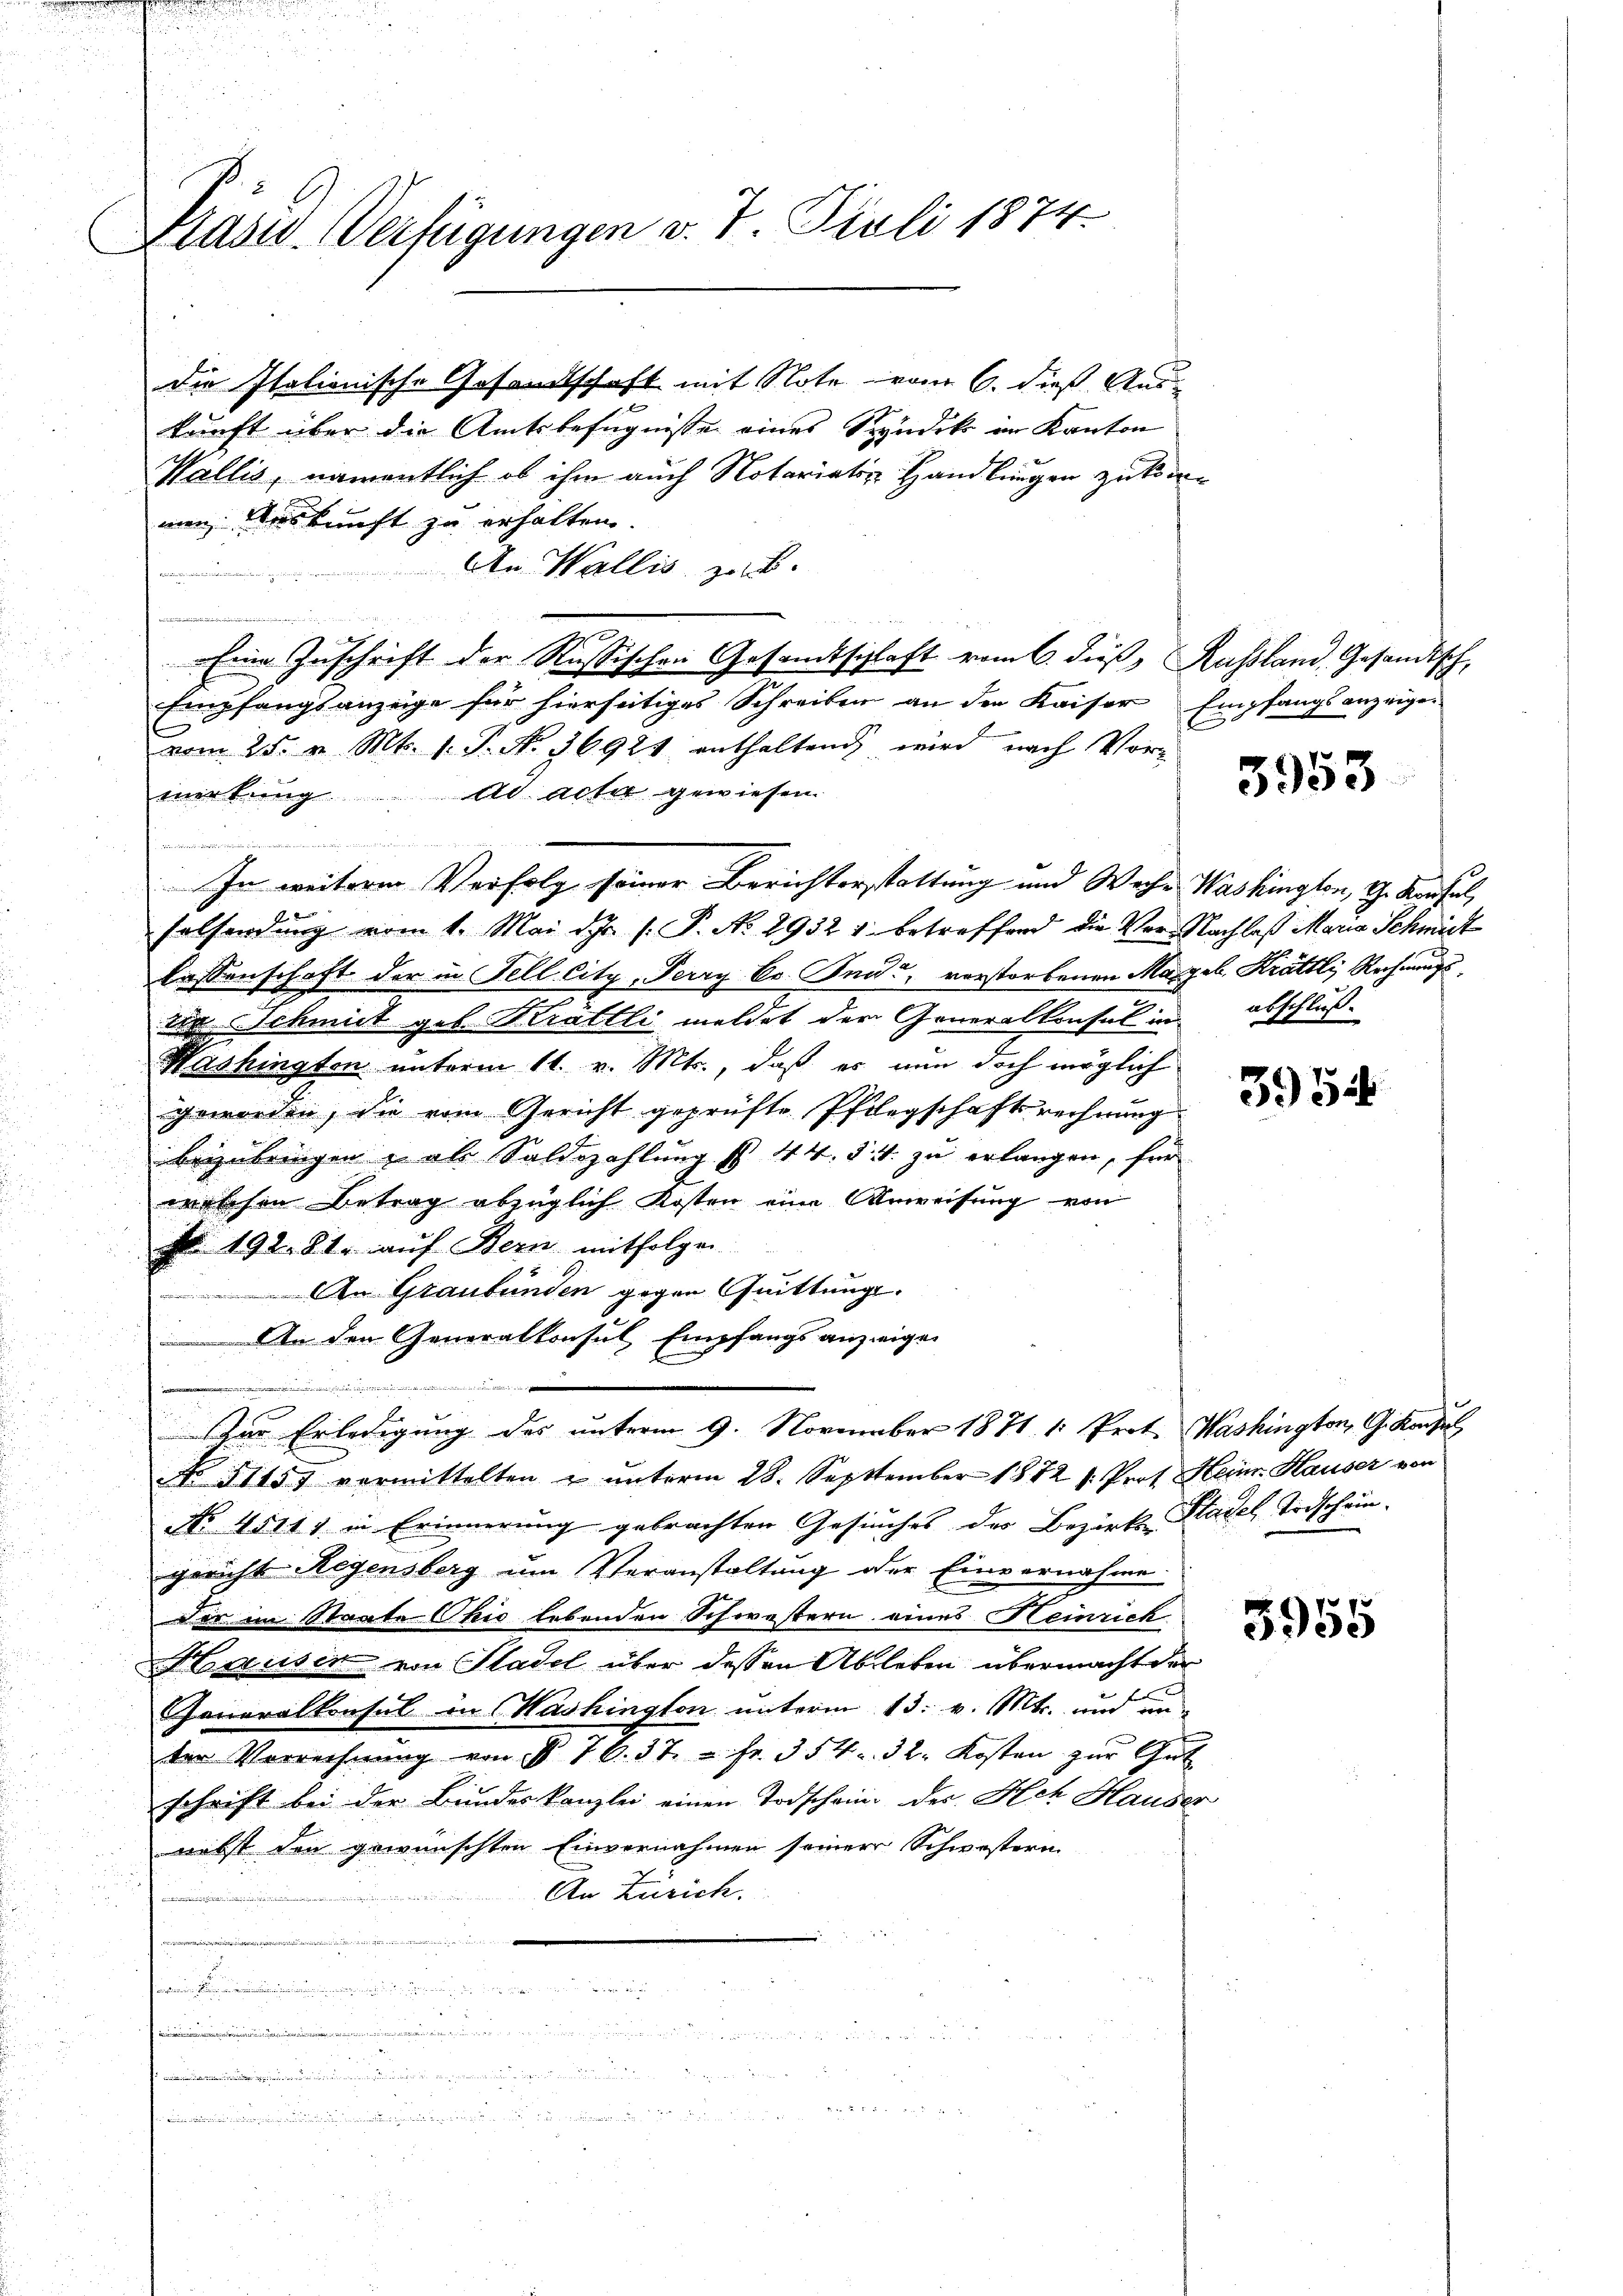
Präsid. Verfügungen v. 7. Juli 1874.

o
kunft über die Amtsbefugnisse eines Syndik im Kanton
Wallis, namentlich ob ihm auch Notariativ Handlungen zukomnen. Auskunft zu erhalten.
An Wallis zu B.
Eine Zuschrift der Russischen Gesandtschlaft vom 6. dieß, Russland, Gesandtsch
Empfangsanzeige für hierseitiges Schreiben an der Kaiser Empfangsanzeigen
l
vom 25. v. Mts. 1. P. Nr. 36921 enthaltend wird nach Vor-
merkung ad acter gewiesen.

In weiteren Verfolg seiner Berichterstattung und Wache Washington, Th. Kausal,
holfendung vom 1. Mai d. Js. (: P. No 2932 1 betreffend die Ver- Nachlaß Maria Schmit
lassenschaft der in Fell. City, Perry Br. Anna, vorstorbenen Margeb. Krättli, Rechnungs¬
.
iin Schmit geb. Krättli meldet der Generalkonsul in abschluß¬
Washington unterm 11. v. Mts., daß es nun doch möglich
geworden, die vom Gericht geprüfte Pflegschaftsrechnung
beizubringen & als Saldszahlung § 44. §. 4. zu erlangen, für
welchen Betrag abzüglich Kosten eine Anweisung von
Nr. 192. 81. aŭf Bern mitfolgen
An Graubünden gegen Quittung.
An den Generalkonsul Empfangs anzeigen

Der Erledigung des unterm 9. November 1871. 1. Prot. Washington, G. Konfe
NNo. 51457 vermittelten u ŭnterm 28. September 1872 s. Prof. Heinr. Hauser von
No. 45111 in Erinnerung gebrachten Gesuches des Bezirk Stadel Todschein.
gericht Regensberg um Veranstaltung der Einvernahme
der im Staate Ohio lebenden Schwestern eines Heinrich
Hausen von Stadel über dessen Ableben übermacht der
Jeneralkonsul in Washington unterm 13. v. Mts. und un-
ter Vorrechnŭng von § 76. 37. " fr. 354. 32. Kosten zŭr Gut-
schrift bei der Bundeskanzlei einen Todschein der Ach Hauser
nebst den gewünschten Einvernahmen seiner Schwestern.
An Zürich.
e
tian
.
.........

die Italionische Gesandtschaft mit Note vom 6. dieß Aus¬

3953

3954

1
5955